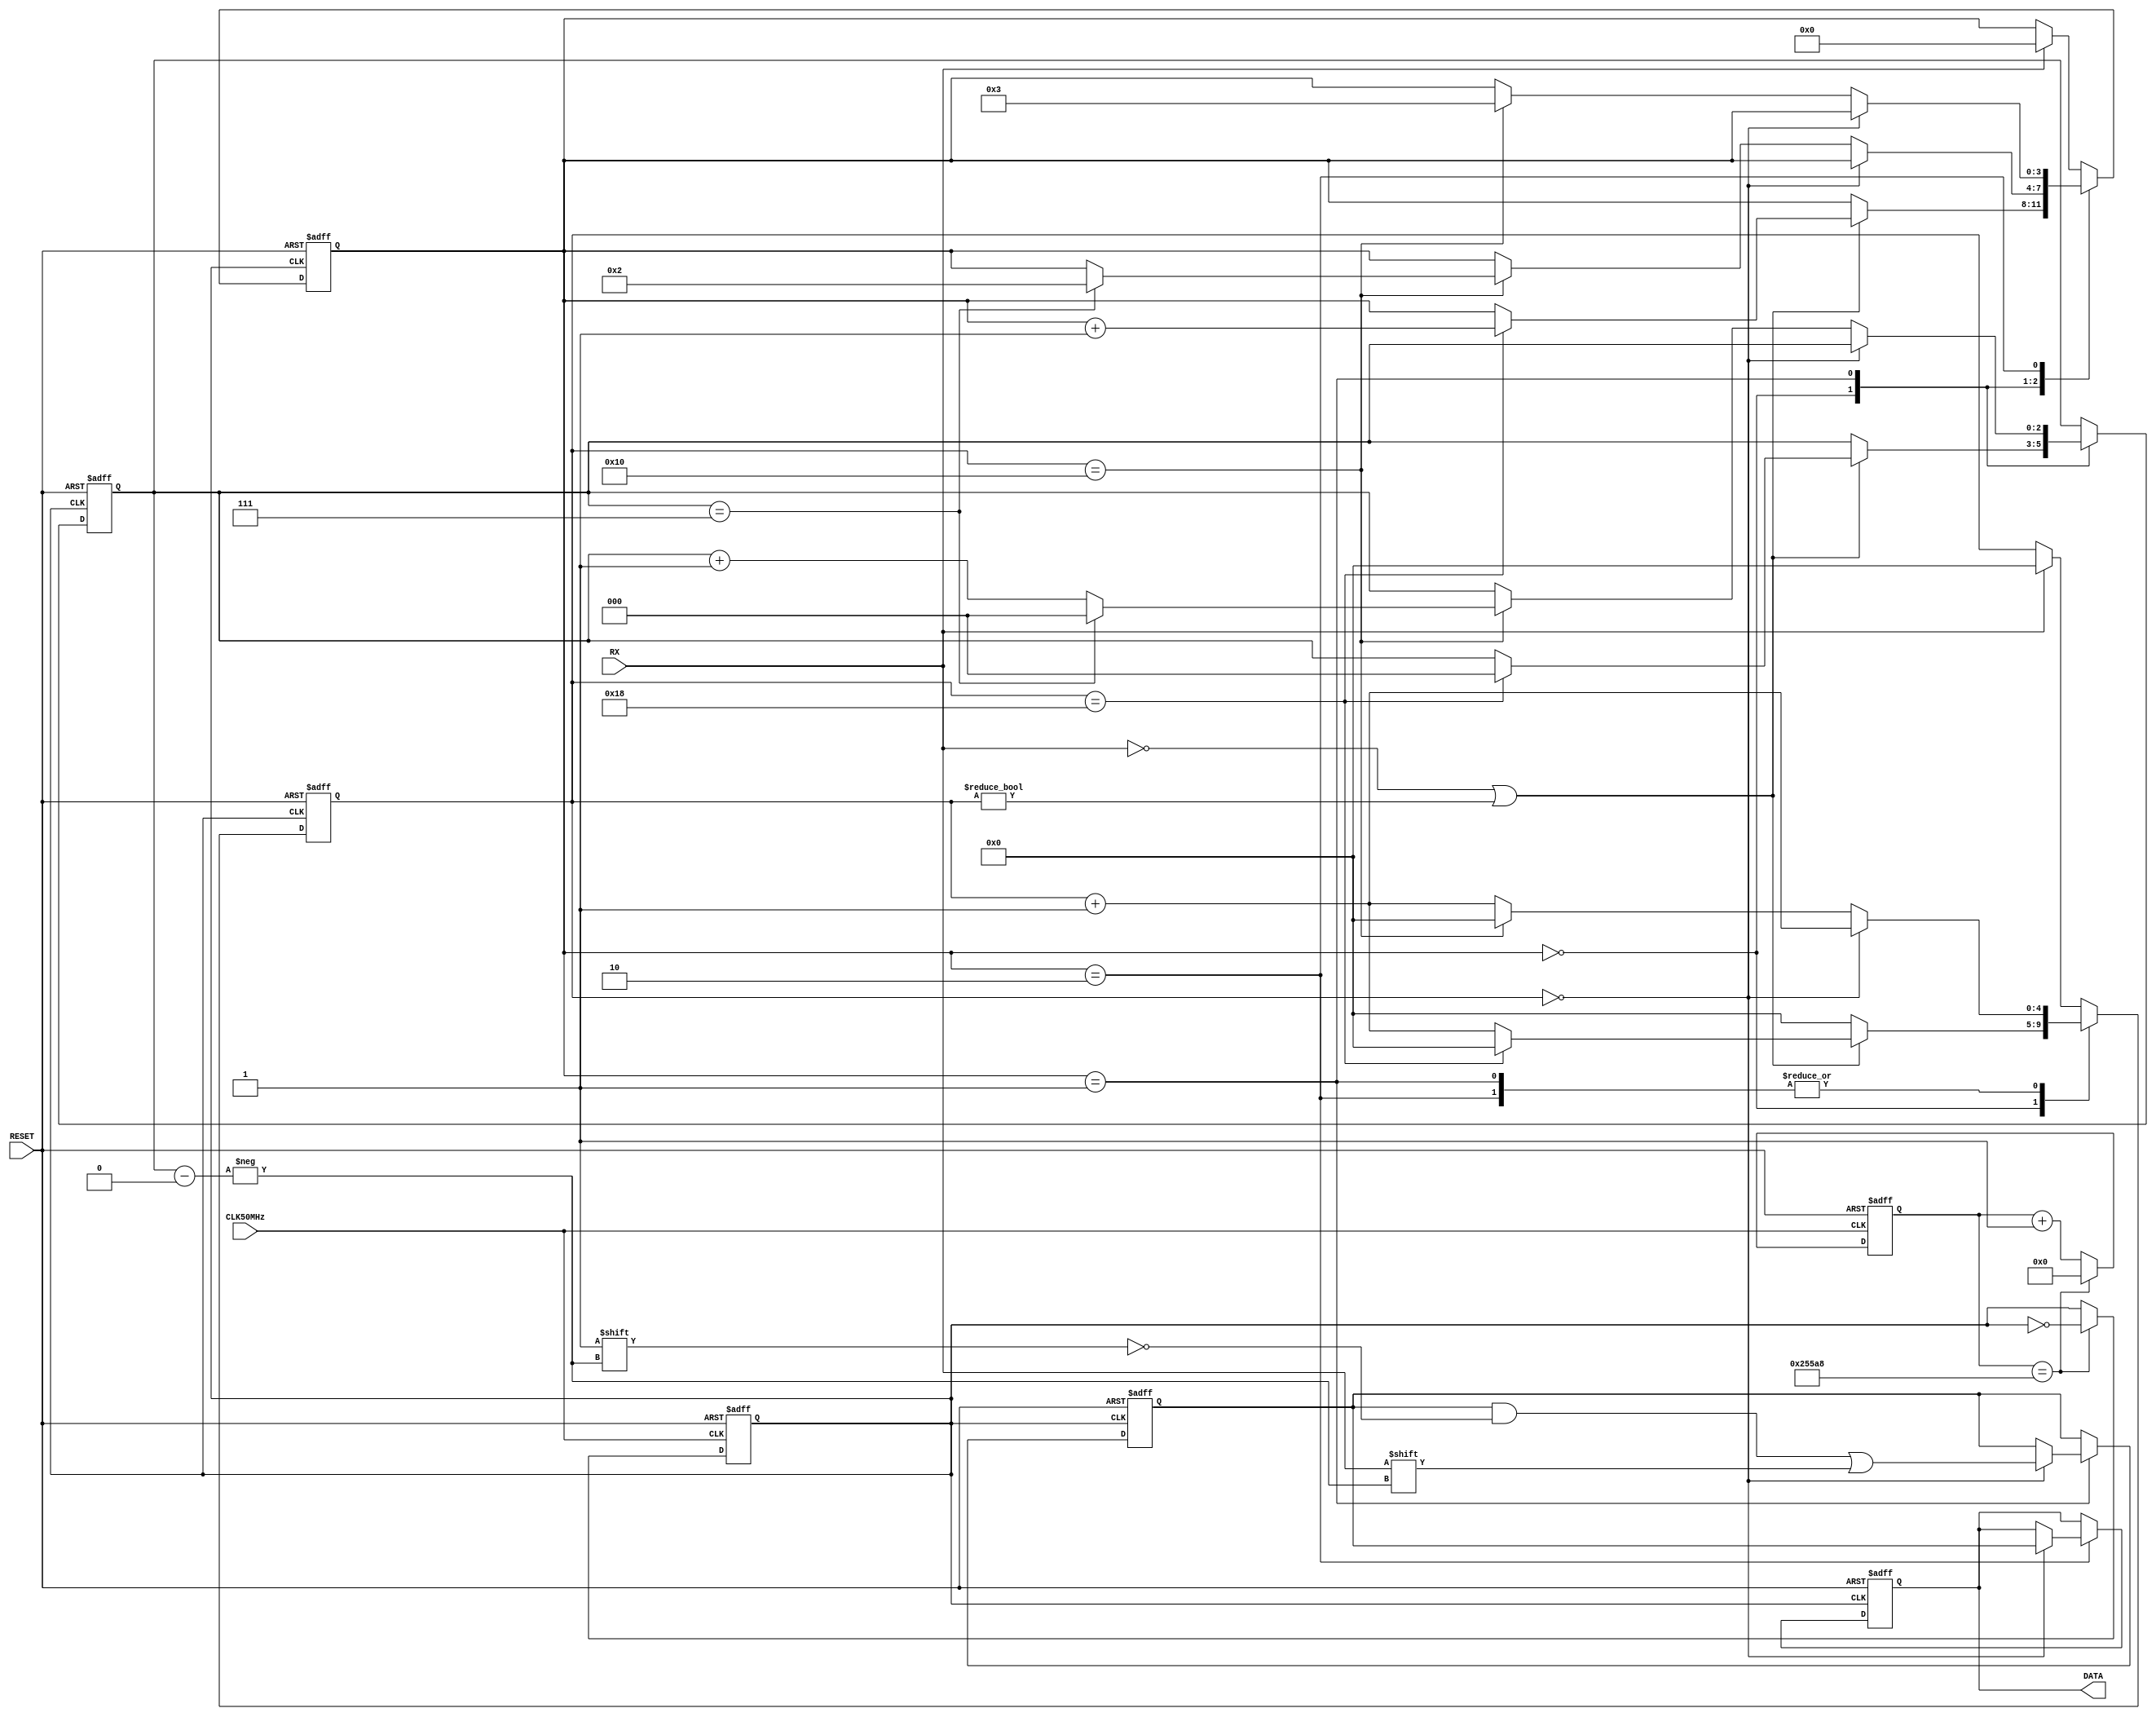
module UART_RX(CLK50MHz, RESET, RX, DATA);
	// Handles recieving UART data
	// Assumes 8-bit words, even parity bit, 9600 Baud
	// DATA[0] is the first bit, DATA[7] is the last
	// If not valid signal detected, should output all zeros
	
	// I/O
	input CLK50MHz; // Control clock from FPGA
	input RX; // UART RX line from device
	input RESET; // Active low reset signal
	output reg [7:0] DATA; // Output data to FPGA


	// Internal Circuitry
	
	// Counter variables
	reg [17:0] counter; // Used to generate tick from 50MHz clock
	reg tick; // 153KHz Sampling Clock signal
	
	//State Machine Variables
	reg [3:0] statemachine; // StateMachine state counter
	reg [4:0] pointer; // used to count tick before resampling
	reg [7:0] cache; // Caching samples before sending full words to DATA
	reg [2:0] cacheIndex; // Track which bit we are sampling into cache	
	wire parityBit; // store the parity of the cache register
	
	
	// TODO refactor this mess to something more readable
	// calculate the parity bit from the cache, assuming even parity
	assign parityBit = cache[0]^cache[1]^cache[2]^cache[3]^cache[4]^cache[5]^cache[6]^cache[7]; 


	// RX reader - Samples bitstream
	always @(posedge tick or negedge RESET)
	begin
		if (RESET == 0)
			begin
				statemachine <= 4'd3;	// Send the statemachine to the stop bit
				pointer <= 0; // Set the number of ticks counted to zero
				cache <= 0; // Empty the cache so old samples are not sent
				cacheIndex <= 0; // Make sure we start refilling the cache from zero
				
				DATA <= 8'd0; // Empty the output register
				
			end
		else
			begin	// TODO Check if there's a bug where state transitions don't happen on n%16 tick intervals
				case (statemachine) // Interpret the RX line

					// Idle state
					4'd0	: 
					begin
						if (RX == 0 || pointer != 0) // Detect start bit or if already found start bit
							begin
								pointer <= pointer + 1;
								if (pointer == 5'd24)
								begin
									statemachine <= statemachine + 1;
									pointer <= 0;
									cacheIndex <= 0;
								end
							end
						else
							pointer <= 0;
					end

					// Collect word data
					4'd1	:
					begin
						if (pointer == 0) // If we haven't sampled this bit yet
							begin
								cache[cacheIndex] <= RX; // Then sample it
								pointer <= pointer + 1; // and mark it as such
							end
						else // otherwise we have sampled it already
							begin
								pointer <= pointer + 1;

								if (pointer == 5'd16) // Wait for 1 sample period
								begin
									if (cacheIndex == 3'd7) // If we have sampled all bits
										begin
											cacheIndex <= 0; // Reset for next loop and
											statemachine <= 4'd2; // then go to the next state
											pointer <= 0;
										end
									else // Then move to the next bit
										begin
											cacheIndex <= cacheIndex + 1;
											pointer <= 0;
										end
								end
							end
					end

					// Check the Parity bit to ensure even parity
					4'd2	:
					begin
						if (pointer == 0) // If we haven't sampled this bit yet, sample it
							begin

								
								pointer <= pointer + 1; // and mark it as such
								
								
								//if (parityBit == RX) // If they match, the data is probably good so tranmit the update
								//begin
									DATA <= cache;
								//end
								// Otherwise leave the old data bit
							end
						else // otherwise we have sampled it already and we're just waiting for the next bit
							begin
								pointer <= pointer + 1;

								if (pointer == 5'd16) // Wait for 1 sample period
								begin
									pointer <= 0; // reset to zero for next state
									statemachine <= 4'd3; // go to the next state
								end
							end
					end


					// Stop bit
					default	:
					begin
						if (RX == 1)
						begin
							pointer <= 0;
							statemachine <= 4'd0;
						end
					end
				endcase
			end
	end


	// Tick generator - Creates 153KHz Sampling Clock signal
	always @(posedge CLK50MHz or negedge RESET)
	begin
		if (RESET == 0)
			begin
				tick <= 0;
				counter <= 18'd0;
			end
		else
			begin
				counter <= counter + 1;
				if (counter == 18'd153000)
				begin
					tick <= !tick;
					counter <= 18'd0;
				end
			end

	end

	/*PseudoCode
	 * Step 1:
		Counter that outputs a 153KHz clock from 50MHz
			this gives a 9600 baud reciever
			sampled 16 times AKA 16 clocks per it period
		Step 2:
			always block (procedural) based off that counter
		3:
			if hi-low transistion then
			-we know its the start bit
			-this means wait 1.5 bit periods to sample center of 1st bit
				wait for 1.5 * 16 = 24 counter ticks
				for (num bits)
					sample nth bit - need register array to deserialize these
					wait 16 ticks
				repeat
		- optional: check the parity bit
		we should expect to see the end bit here
			send the register array to the audio block
		
		go back and wait for another hi-low transistion
		 
	 */
endmodule